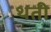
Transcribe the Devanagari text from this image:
थती